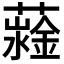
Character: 𧁆